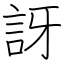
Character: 訝